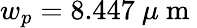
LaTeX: w_{p}=8.447~\mu\mathrm{~m~}